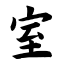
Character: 室